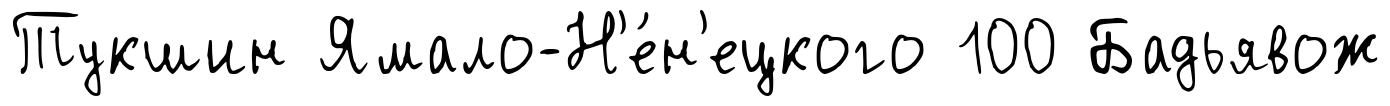
Тукшин Ямало-Н'е́н'ецкого 100 Бадьявож